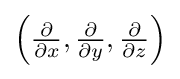
\textstyle \left({\frac {\partial }{\partial x}},{\frac {\partial }{\partial y}},{\frac {\partial }{\partial z}}\right)